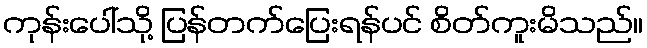
ကုန်းပေါ်သို့ ပြန်တက်ပြေးရန်ပင် စိတ်ကူးမိသည်။